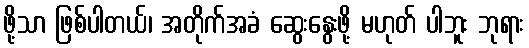
ဖို့သာ ဖြစ်ပါတယ်၊ အတိုက်အခံ ဆွေးနွေးဖို့ မဟုတ် ပါဘူး ဘုရား